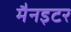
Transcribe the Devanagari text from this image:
मैनइटर